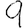
Digit: 9